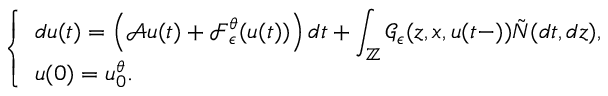
\left\{ \begin{array} { l l } { \displaystyle d u ( t ) = \left( \mathcal { A } u ( t ) + \mathcal { F } _ { \epsilon } ^ { \theta } ( u ( t ) ) \right) d t + \int _ { \mathbb { Z } } \mathcal { G } _ { \epsilon } ( z , x , u ( t - ) ) \tilde { N } ( d t , d z ) , } \\ { u ( 0 ) = u _ { 0 } ^ { \theta } . } \end{array} \right.